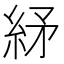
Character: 䋒